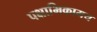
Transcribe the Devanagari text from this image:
पक्षाभिकामय